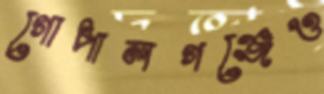
গোপালগঞ্জেও